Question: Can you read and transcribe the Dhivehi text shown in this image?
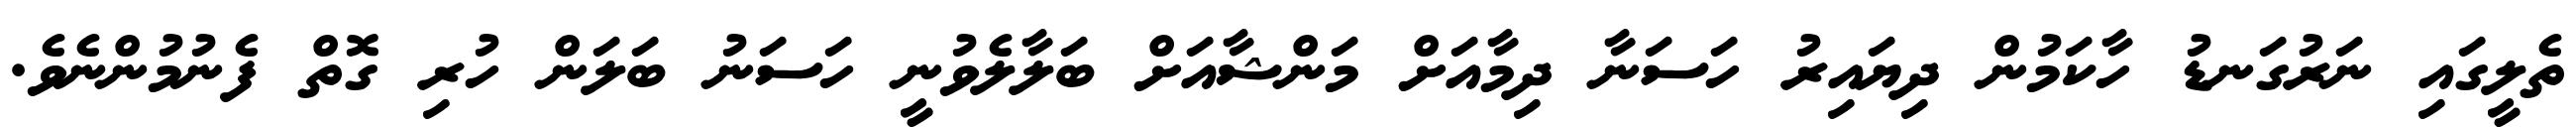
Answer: ތެލީގައި ނަރުގަނޑު ހާކަމުން ދިޔައިރު ހަސަނާ ދިމާއަށް މަންޝާއަށް ބަލާލެވުނީ ހަސަނު ބަލަން ހުރި ގޮތް ފެނުމުންނެވެ.